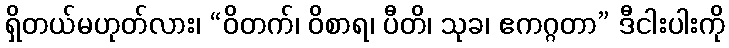
ရှိတယ်မဟုတ်လား၊ “ဝိတက်၊ ဝိစာရ၊ ပီတိ၊ သုခ၊ ဧကဂ္ဂတာ” ဒီငါးပါးကို